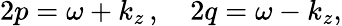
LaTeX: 2p=\omega+k_{z}\, ,\quad 2q=\omega-k_{z},